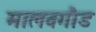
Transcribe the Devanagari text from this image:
मालवगौड